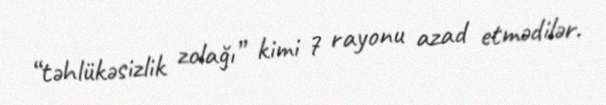
“təhlükəsizlik zolağı” kimi 7 rayonu azad etmədilər.